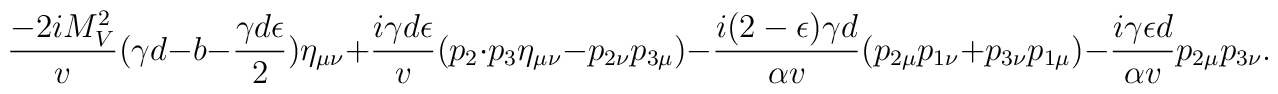
\frac{-2iM_V^2}{v} (\gamma d-b-\frac{\gamma d \epsilon}{2})\eta_{\mu \nu} +\frac{i\gamma d \epsilon}{v} (p_2\cdot p_3 \eta_{\mu\nu}-p_{2\nu}p_{3\mu})-\frac{i(2-\epsilon)\gamma d }{\alpha v} (p_{2\mu} p_{1\nu}+p_{3\nu}p_{1\mu})-\frac{i\gamma\epsilon d}{\alpha v} p_{2\mu}p_{3\nu}.